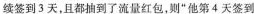
续签到3天，且都抽到了流量红包，则”他第4天签到